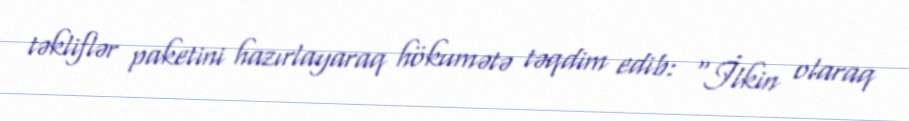
təkliflər paketini hazırlayaraq hökumətə təqdim edib: “İlkin olaraq